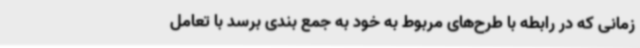
زمانی که در رابطه با طرح‌های مربوط به خود به جمع بندی برسد با تعامل